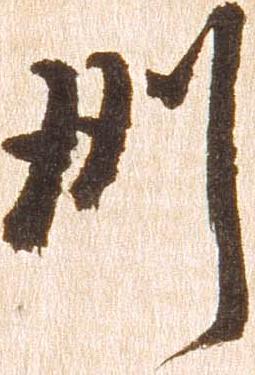
州